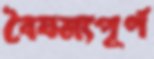
বৈষম্যপূর্ণ